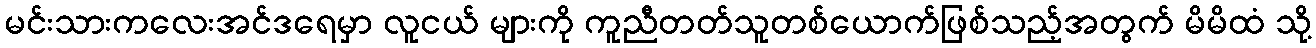
မင်းသားကလေးအင်ဒရေမှာ လူငယ် များကို ကူညီတတ်သူတစ်ယောက်ဖြစ်သည့်အတွက် မိမိထံ သို့